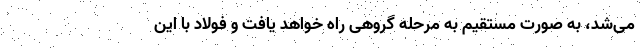
می‌شد، به صورت مستقیم به مرحله گروهی راه خواهد یافت و فولاد با این